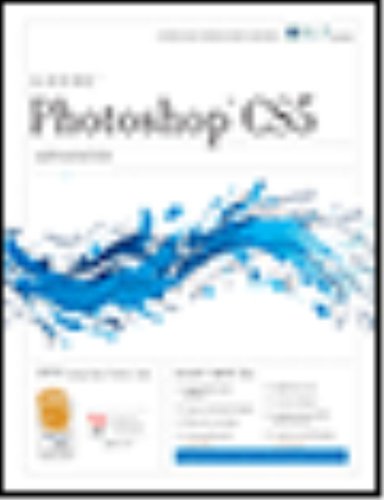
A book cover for Photoshop Cs5: Advanced, Aca Edition + Certblaster (ILT); Computers & Technology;